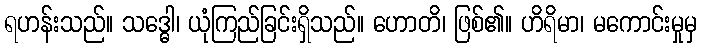
ရဟန်းသည်။ သဒ္ဓေါ၊ ယုံကြည်ခြင်းရှိသည်။ ဟောတိ၊ ဖြစ်၏။ ဟိရိမာ၊ မကောင်းမှုမှ